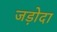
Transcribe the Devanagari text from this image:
जड़ोदा